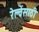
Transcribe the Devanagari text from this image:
रेल्वेंसाठी